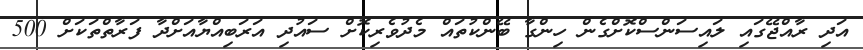
އަދި ރާއްޖޭގައި ލައިސަންސްކޮށްގެން ހިންގާ ބޭންކުތައް މެދުވެރިކޮށް ސައުދި އަރަބިއްޔާއަށްދާ ފަރާތްތަކަށް 500